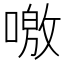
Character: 𠼍